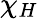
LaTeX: \chi_{H}